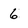
Character: 6